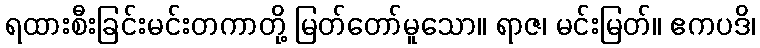
ရထားစီးခြင်းမင်းတကာတို့ မြတ်တော်မူသော။ ရာဇ၊ မင်းမြတ်။ ဧကပဒိ၊